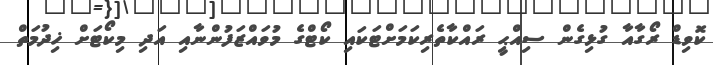
ކޮވިޑް ރޯގާއާ ގުޅިގެން ސިއްޙީ ރައްކާތެރިކަމަށްޓަކައި ކޯޓްގެ މުވައްޒަފުންނާއި އަދި މިކޯޓަށް ޚިދުމަތް